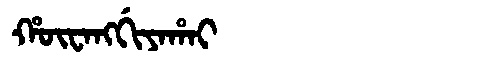
Manchu: ᡥᡡᠸᠠᠩᡤᡳᠶᠠᡥᠠᡳ
Romanization: HŪWANGGIYAHAI